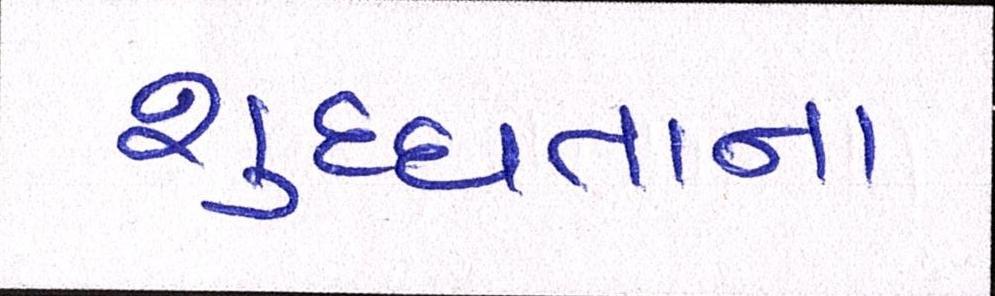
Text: શુદ્ધતાના